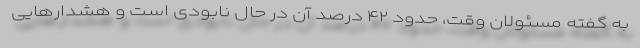
به گفته مسئولان وقت، حدود ۴۲ درصد آن در حال نابودی است و هشدارهایی